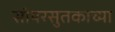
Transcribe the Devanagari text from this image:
सोयरसुतकाच्या